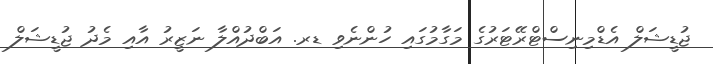
ޖުޑީޝަލް އެޑްމިނިސްޓްރޭޓަރުގެ މަގާމުގައި ހުންނެވި ޑރ. އަބްދުއްލާ ނަޒީރު އާއި މެދު ޖުޑީޝަލް